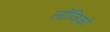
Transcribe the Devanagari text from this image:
लॉजिको